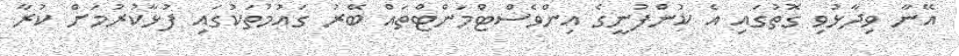
އޭނާ ވިދާޅުވި ގޮތުގައި އެ ކުންފުނީގެ އިންވެސްޓްމަންޓްތައް ބޭރު ގައުމުތަކުގައި ފުޅާކުރުމަށް ކުރާ